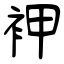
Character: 䘥